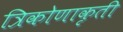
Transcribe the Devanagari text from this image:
त्रिकोणाकृती